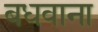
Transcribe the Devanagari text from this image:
बधवाना